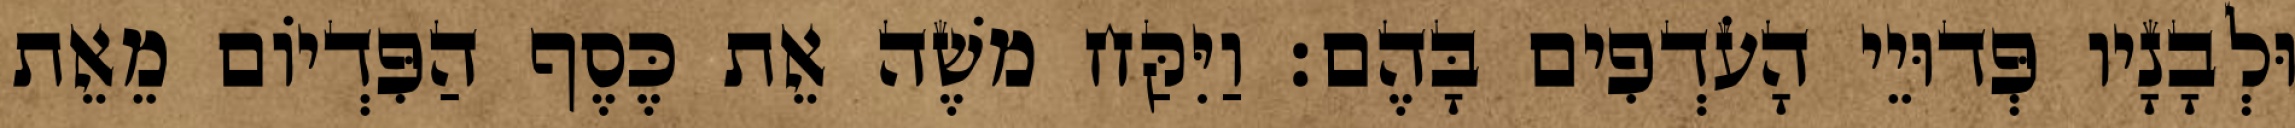
וּלְבָנָיו פְּדוּיֵי הָעֹדְפִים בָּהֶם׃ וַיִּקַּח משֶׁה אֵת כֶּסֶף הַפִּדְיוֹם מֵאֵת